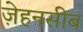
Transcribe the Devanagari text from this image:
ज़ेहनसीब